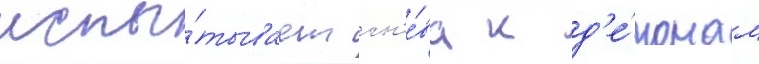
испы́тывает гн'е́ва к д'е́монам